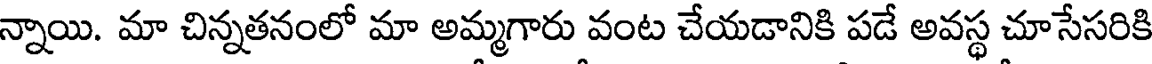
న్నాయి. మా చిన్నతనంలో మా అమ్మగారు వంట చేయడానికి పడే అవస్థ చూసేసరికి